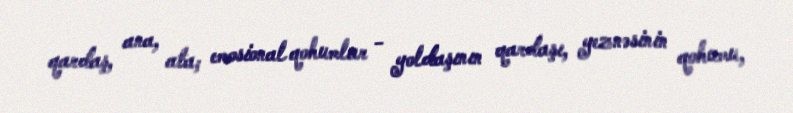
qardaş, ana, ata; emosional qohumlar - yoldaşının qardaşı, yeznəsinin qohumu,